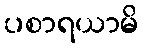
ပစာရယာမိ